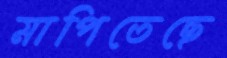
মাপিতেছে